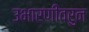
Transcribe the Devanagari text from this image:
उभारणीवरुन